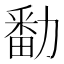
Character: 勫